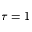
\tau = 1